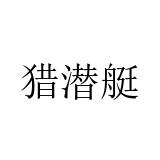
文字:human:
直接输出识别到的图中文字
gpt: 猎潜艇